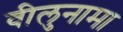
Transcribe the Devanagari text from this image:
वीलुनामा